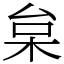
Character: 枲